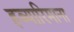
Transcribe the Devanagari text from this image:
हब्‍यारिमाना